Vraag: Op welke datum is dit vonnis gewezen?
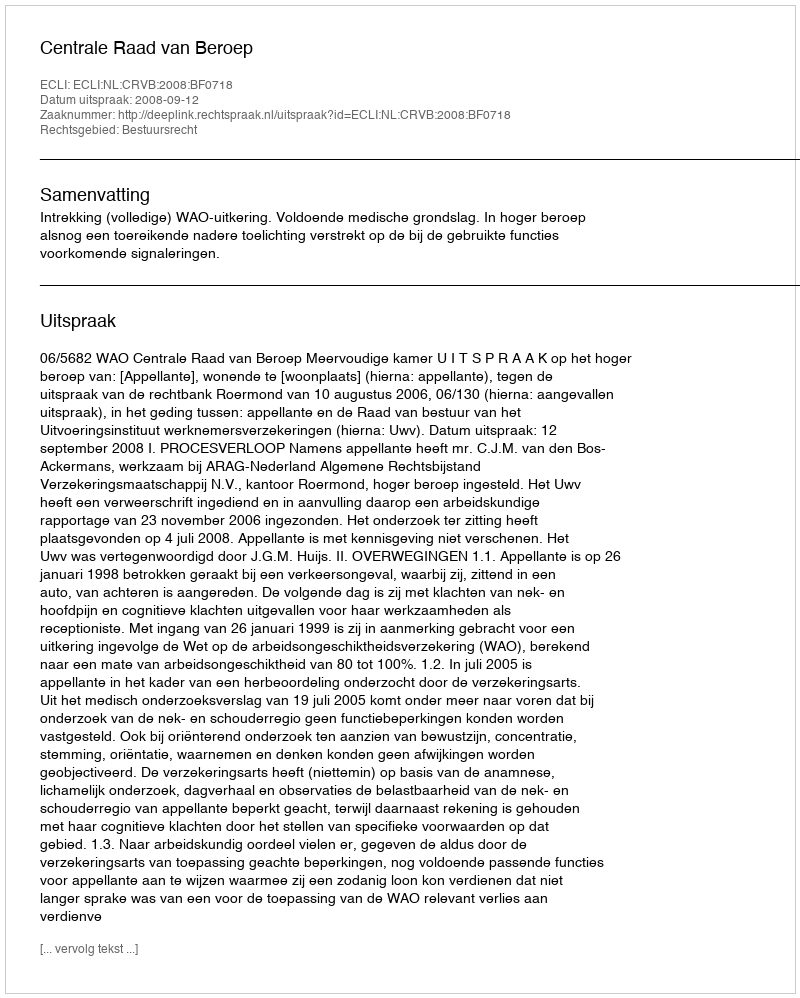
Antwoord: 2008-09-12